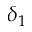
\delta _ { 1 }